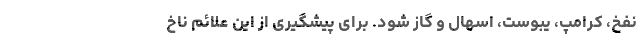
نفخ، کرامپ، یبوست، اسهال و گاز شود. برای پیشگیری از این علائم ناخ